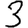
Digit: 3